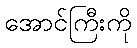
အောင်ကြီးကို